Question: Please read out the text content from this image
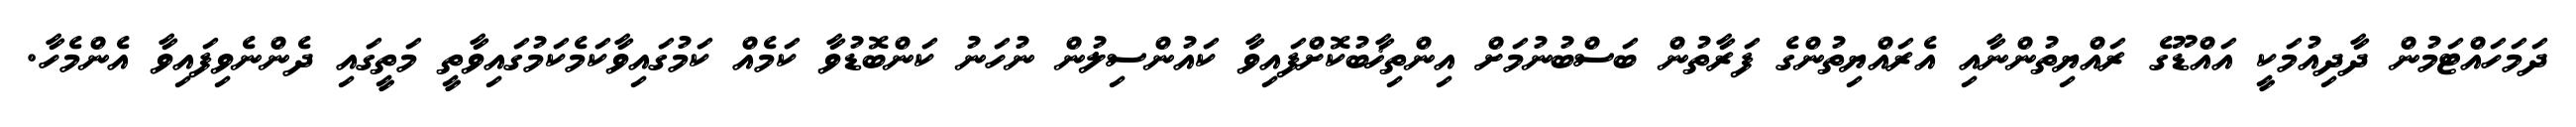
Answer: ދަމަހައްޓަމުން ދާދިއުމަކީ އައްޑޫގެ ރައްޔިތުންނާއި އެރައްޔިތުންގެ ފަރާތުން ބަސްބުނުމަށް އިންތިޚާބުކޮށްފައިވާ ކައުންސިލުން ނުހަނު ކަންބޮޑުވާ ކަމެއް ކަމުގައިވާކަމެކަމުގައިވާތީ މަތީގައި ދެންނެވިފައިވާ އެންމެހާ.